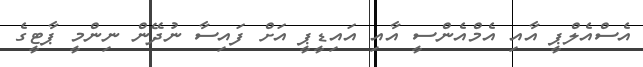
އެސްއެލްޕީ އާއި އެމްއެންސީ އާއި އައިޑީޕީ އަށް ފައިސާ ނުދޭން ނިންމީ ޕާޓީގެ